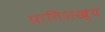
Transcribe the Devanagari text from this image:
प्रातिशख्य